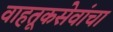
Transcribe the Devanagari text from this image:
वाहतूकसेवांचा